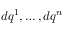
d q ^ { 1 } , \ldots , d q ^ { n }